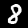
Digit: 8